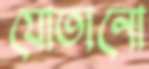
যোতানো